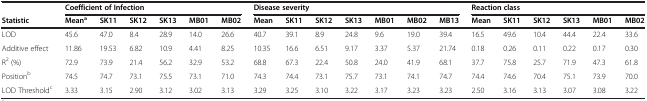
|  | <COLSPAN=6> Coefficient of Infection | <COLSPAN=7> Disease severity | <COLSPAN=6> Reaction class |
 | Statistic | Meana | SK11 | SK12 | SK13 | MB01 | MB02 | Mean | SK11 | SK12 | SK13 | MB01 | MB02 | MB13 | Mean | SK11 | SK12 | SK13 | MB01 | MB02 |
 | --- | --- | --- | --- | --- | --- | --- | --- | --- | --- | --- | --- | --- | --- | --- | --- | --- | --- | --- | --- |
 | LOD | 45.6 | 47.0 | 8.4 | 28.9 | 14.0 | 26.6 | 40.7 | 39.1 | 8.9 | 24.8 | 9.6 | 19.0 | 39.4 | 16.5 | 49.6 | 10.4 | 44.4 | 22.4 | 33.6 |
 | Additive effect | 11.86 | 19.53 | 6.82 | 10.9 | 4.41 | 8.25 | 10.35 | 16.6 | 6.51 | 9.17 | 3.37 | 5.37 | 21.74 | 0.18 | 0.26 | 0.11 | 0.22 | 0.17 | 0.30 |
 | R2 (%) | 72.9 | 73.9 | 21.4 | 56.2 | 32.9 | 53.2 | 68.8 | 67.3 | 22.4 | 50.8 | 24.0 | 41.9 | 68.1 | 37.7 | 75.8 | 25.7 | 71.9 | 47.3 | 61.8 |
 | Positionb | 74.5 | 74.7 | 73.1 | 75.5 | 73.1 | 71.0 | 74.3 | 74.4 | 73.1 | 75.7 | 73.1 | 74.1 | 74.7 | 74.4 | 74.6 | 70.4 | 75.1 | 73.9 | 70.0 |
 | LOD Thresholdc | 3.33 | 3.15 | 2.90 | 3.12 | 3.02 | 3.13 | 3.29 | 3.25 | 3.10 | 3.22 | 3.17 | 3.23 | 3.23 | 2.50 | 3.16 | 3.13 | 3.07 | 3.08 | 3.22 |